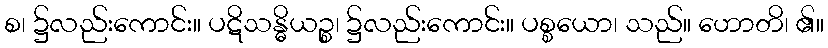
စ၊ ၌လည်းကောင်း။ ပဋိသန္ဓိယဉ္စ၊ ၌လည်းကောင်း။ ပစ္စယော၊ သည်။ ဟောတိ၊ ၏။